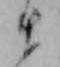
ま